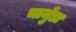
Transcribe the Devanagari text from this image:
चामुँडा